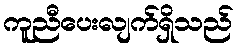
ကူညီပေးလျက်ရှိသည်